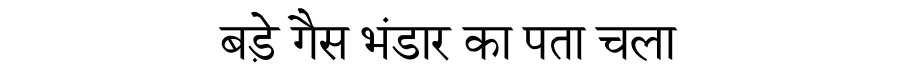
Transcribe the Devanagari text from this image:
बड़े गैस भंडार का पता चला